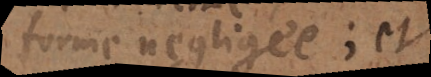
forme négligée; et